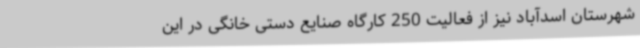
شهرستان اسدآباد نیز از فعالیت 250 کارگاه صنایع دستی خانگی در این